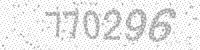
Solution: 770296